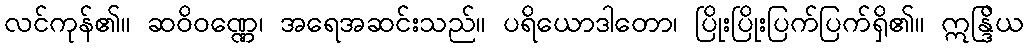
လင်ကုန်၏။ ဆဝိဝဏ္ဏေ၊ အရေအဆင်းသည်။ ပရိယောဒါတော၊ ပြိုးပြိုးပြက်ပြက်ရှိ၏။ ဣန္ဒြိယ